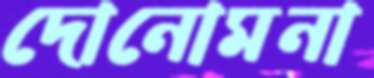
দোনোমনা